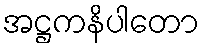
အဋ္ဌကနိပါတော